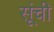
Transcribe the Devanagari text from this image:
सूंची